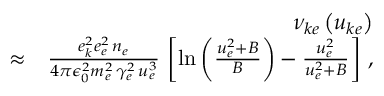
\begin{array} { r l r } & { } & { \nu _ { k e } \left( u _ { k e } \right) } \\ & { \approx } & { \frac { e _ { k } ^ { 2 } e _ { e } ^ { 2 } \, n _ { e } } { 4 \pi \epsilon _ { 0 } ^ { 2 } m _ { e } ^ { 2 } \, \gamma _ { e } ^ { 2 } \, u _ { e } ^ { 3 } } \, \left[ \ln \left( \frac { u _ { e } ^ { 2 } + B } { B } \right) - \frac { u _ { e } ^ { 2 } } { u _ { e } ^ { 2 } + B } \right] \, , } \end{array}